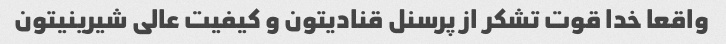
واقعا خدا قوت تشکر از پرسنل قنادیتون و کیفیت عالی شیرینیتون